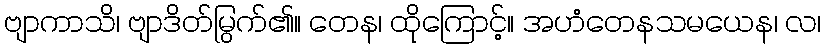
ဗျာကာသိ၊ ဗျာဒိတ်မြွက်၏။ တေန၊ ထိုကြောင့်။ အဟံတေနသမယေန၊ လ၊